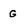
Character: G